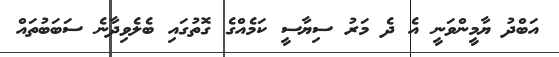
އަބްދު ޔާމީންވަނީ އެ ދެ މަރު ސިޔާސީ ކަމެއްގެ ގޮތުގައި ބެލެވިދާނެ ސަބަބުތައް